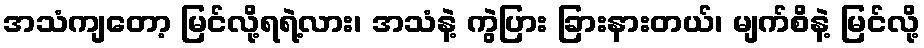
အသံကျတော့ မြင်လို့ရရဲ့လား၊ အသံနဲ့ ကွဲပြား ခြားနားတယ်၊ မျက်စိနဲ့ မြင်လို့